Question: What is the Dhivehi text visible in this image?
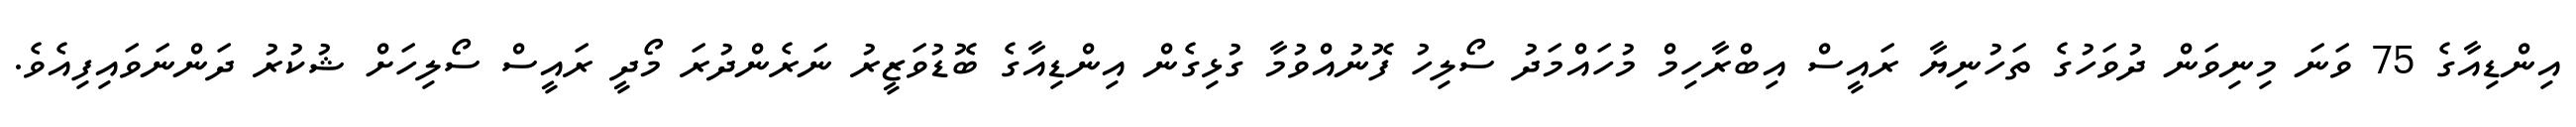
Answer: އިންޑިއާގެ 75 ވަނަ މިނިވަން ދުވަހުގެ ތަހުނިޔާ ރައީސް އިބްރާހިމް މުހައްމަދު ސޯލިހު ފޮނުއްވުމާ ގުޅިގެން އިންޑިއާގެ ބޮޑުވަޒީރު ނަރެންދުރަ މޯދީ ރައީސް ސޯލިހަށް ޝުކުރު ދަންނަވައިފިއެވެ.